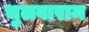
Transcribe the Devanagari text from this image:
भुलवाराम